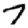
Digit: 7